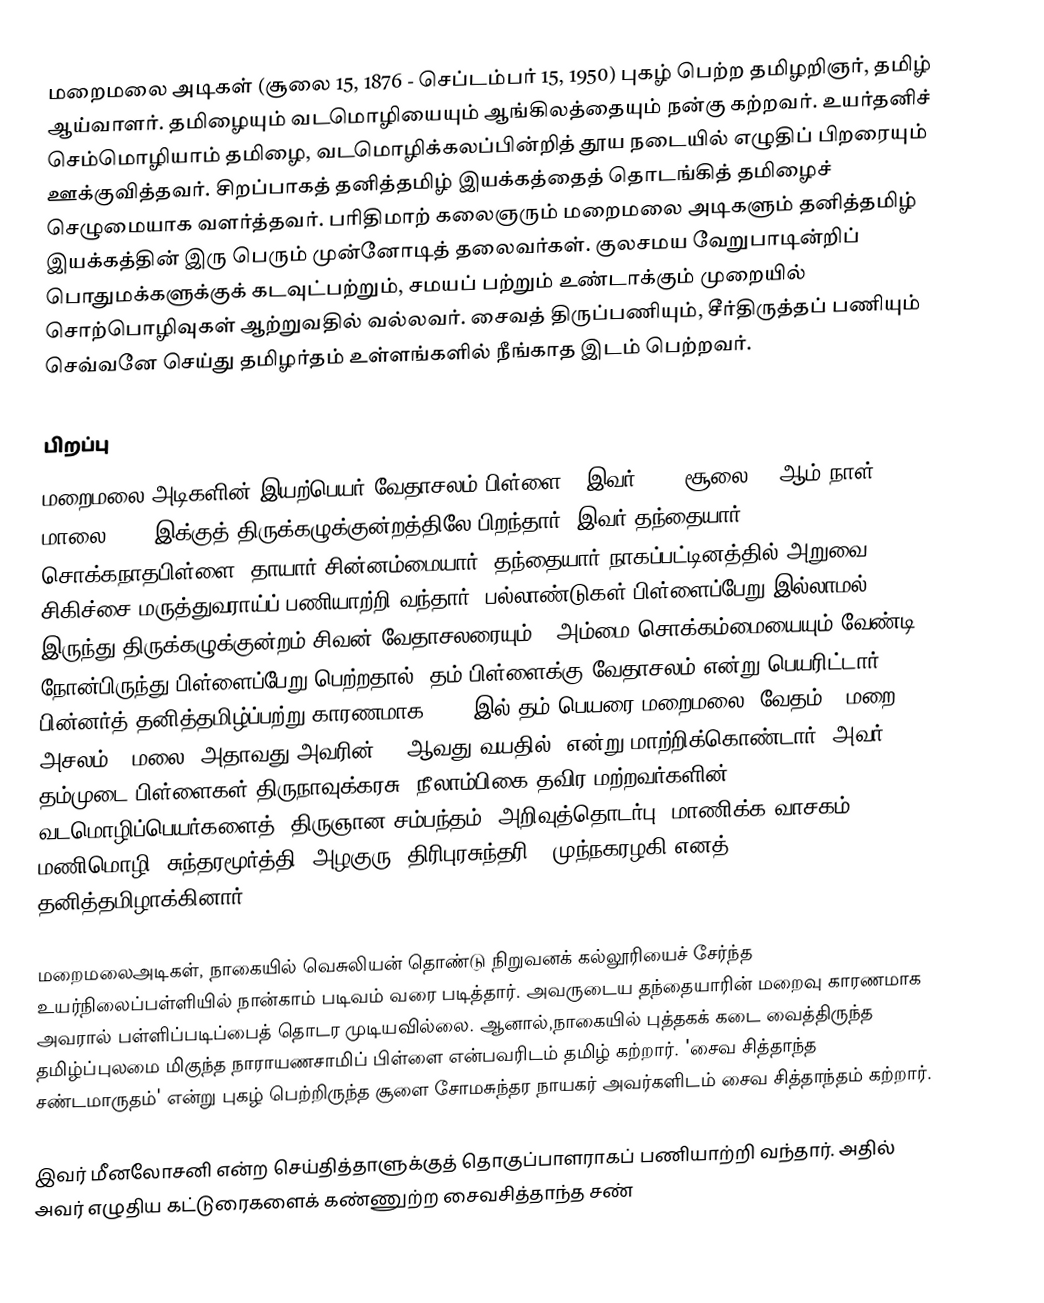
மறைமலை அடிகள் (சூலை 15, 1876 - செப்டம்பர் 15, 1950) புகழ் பெற்ற தமிழறிஞர், தமிழ் ஆய்வாளர். தமிழையும் வடமொழியையும் ஆங்கிலத்தையும் நன்கு கற்றவர். உயர்தனிச் செம்மொழியாம் தமிழை, வடமொழிக்கலப்பின்றித் தூய நடையில் எழுதிப் பிறரையும் ஊக்குவித்தவர். சிறப்பாகத் தனித்தமிழ் இயக்கத்தைத் தொடங்கித் தமிழைச் செழுமையாக வளர்த்தவர். பரிதிமாற் கலைஞரும் மறைமலை அடிகளும் தனித்தமிழ் இயக்கத்தின் இரு பெரும் முன்னோடித் தலைவர்கள். குலசமய வேறுபாடின்றிப் பொதுமக்களுக்குக் கடவுட்பற்றும், சமயப் பற்றும் உண்டாக்கும் முறையில் சொற்பொழிவுகள் ஆற்றுவதில் வல்லவர். சைவத் திருப்பணியும், சீர்திருத்தப் பணியும் செவ்வனே செய்து தமிழர்தம் உள்ளங்களில் நீங்காத இடம் பெற்றவர்.

பிறப்பு
மறைமலை அடிகளின் இயற்பெயர் வேதாசலம் பிள்ளை.. இவர் 1876 சூலை 15-ஆம் நாள் மாலை 6.35-இக்குத் திருக்கழுக்குன்றத்திலே பிறந்தார். இவர் தந்தையார் சொக்கநாதபிள்ளை, தாயார் சின்னம்மையார். தந்தையார் நாகப்பட்டினத்தில் அறுவை சிகிச்சை மருத்துவராய்ப் பணியாற்றி வந்தார். பல்லாண்டுகள் பிள்ளைப்பேறு இல்லாமல் இருந்து திருக்கழுக்குன்றம் சிவன் வேதாசலரையும் , அம்மை சொக்கம்மையையும் வேண்டி நோன்பிருந்து பிள்ளைப்பேறு பெற்றதால், தம் பிள்ளைக்கு வேதாசலம் என்று பெயரிட்டார். பின்னர்த் தனித்தமிழ்ப்பற்று காரணமாக 1916-இல் தம் பெயரை மறைமலை (வேதம் = மறை, அசலம் = மலை)(அதாவது அவரின் 40-ஆவது வயதில்) என்று மாற்றிக்கொண்டார். அவர் தம்முடை பிள்ளைகள் திருநாவுக்கரசு, நீலாம்பிகை தவிர மற்றவர்களின் வடமொழிப்பெயர்களைத், திருஞான சம்பந்தம்: அறிவுத்தொடர்பு, மாணிக்க வாசகம் : மணிமொழி,  சுந்தரமூர்த்தி: அழகுரு,   திரிபுரசுந்தரி : முந்நகரழகி எனத் தனித்தமிழாக்கினார்.

மறைமலைஅடிகள், நாகையில் வெசுலியன் தொண்டு நிறுவனக் கல்லூரியைச் சேர்ந்த உயர்நிலைப்பள்ளியில் நான்காம் படிவம் வரை படித்தார். அவருடைய தந்தையாரின் மறைவு காரணமாக அவரால் பள்ளிப்படிப்பைத் தொடர முடியவில்லை. ஆனால்,நாகையில் புத்தகக் கடை வைத்திருந்த தமிழ்ப்புலமை மிகுந்த நாராயணசாமிப் பிள்ளை என்பவரிடம் தமிழ் கற்றார். 'சைவ சித்தாந்த சண்டமாருதம்' என்று புகழ் பெற்றிருந்த சூளை சோமசுந்தர நாயகர் அவர்களிடம் சைவ சித்தாந்தம் கற்றார்.

இவர் மீனலோசனி என்ற செய்தித்தாளுக்குத் தொகுப்பாளராகப் பணியாற்றி வந்தார். அதில் அவர் எழுதிய கட்டுரைகளைக் கண்ணுற்ற சைவசித்தாந்த சண்